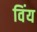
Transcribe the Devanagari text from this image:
विंय